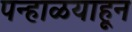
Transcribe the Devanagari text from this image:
पन्हाळयाहून